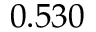
0 . 5 3 0